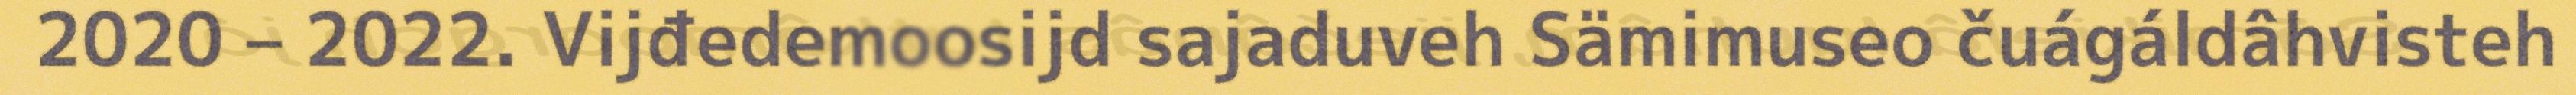
2020 – 2022. Vijđedemoosijd sajaduveh Sämimuseo čuágáldâhvisteh